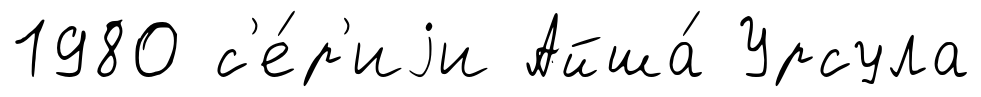
1980 с'е́р'иjи Айша́ Урсула